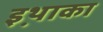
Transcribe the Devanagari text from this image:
इथ़ाका